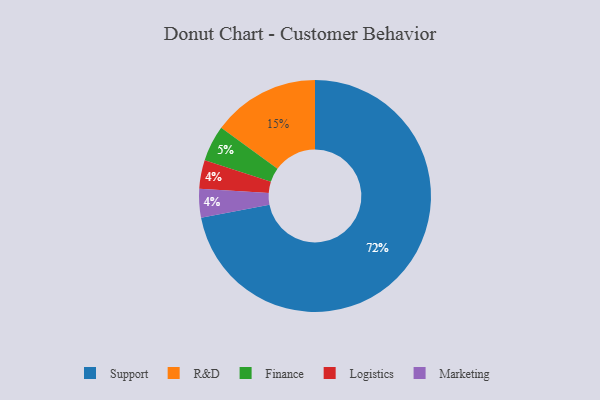
{"axis": {"x": "Category", "y": "Percentage"}, "legend": ["Finance", "Logistics", "Marketing", "R&D", "Support"], "data": [{"x": "Logistics", "y": 4, "type": "Logistics"}, {"x": "Finance", "y": 5, "type": "Finance"}, {"x": "Support", "y": 72, "type": "Support"}, {"x": "R&D", "y": 15, "type": "R&D"}, {"x": "Marketing", "y": 4, "type": "Marketing"}]}